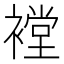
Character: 𰴇